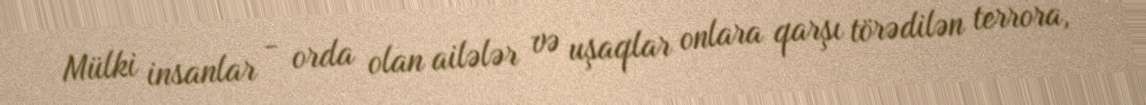
Mülki insanlar - orda olan ailələr və uşaqlar onlara qarşı törədilən terrora,